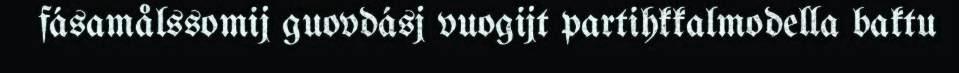
fásamålssomij guovdásj vuogijt partihkkalmodella baktu